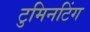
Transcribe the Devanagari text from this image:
टुमिनटिंग